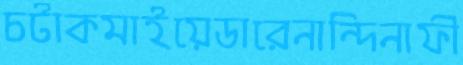
চটাকমাইয়েডারেনান্দিনাফী